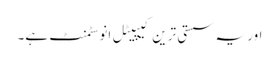
اور یہ سستی ترین کیپیٹل انوسٹمنٹ ہے۔